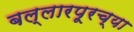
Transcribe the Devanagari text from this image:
बल्लारपूरच्या